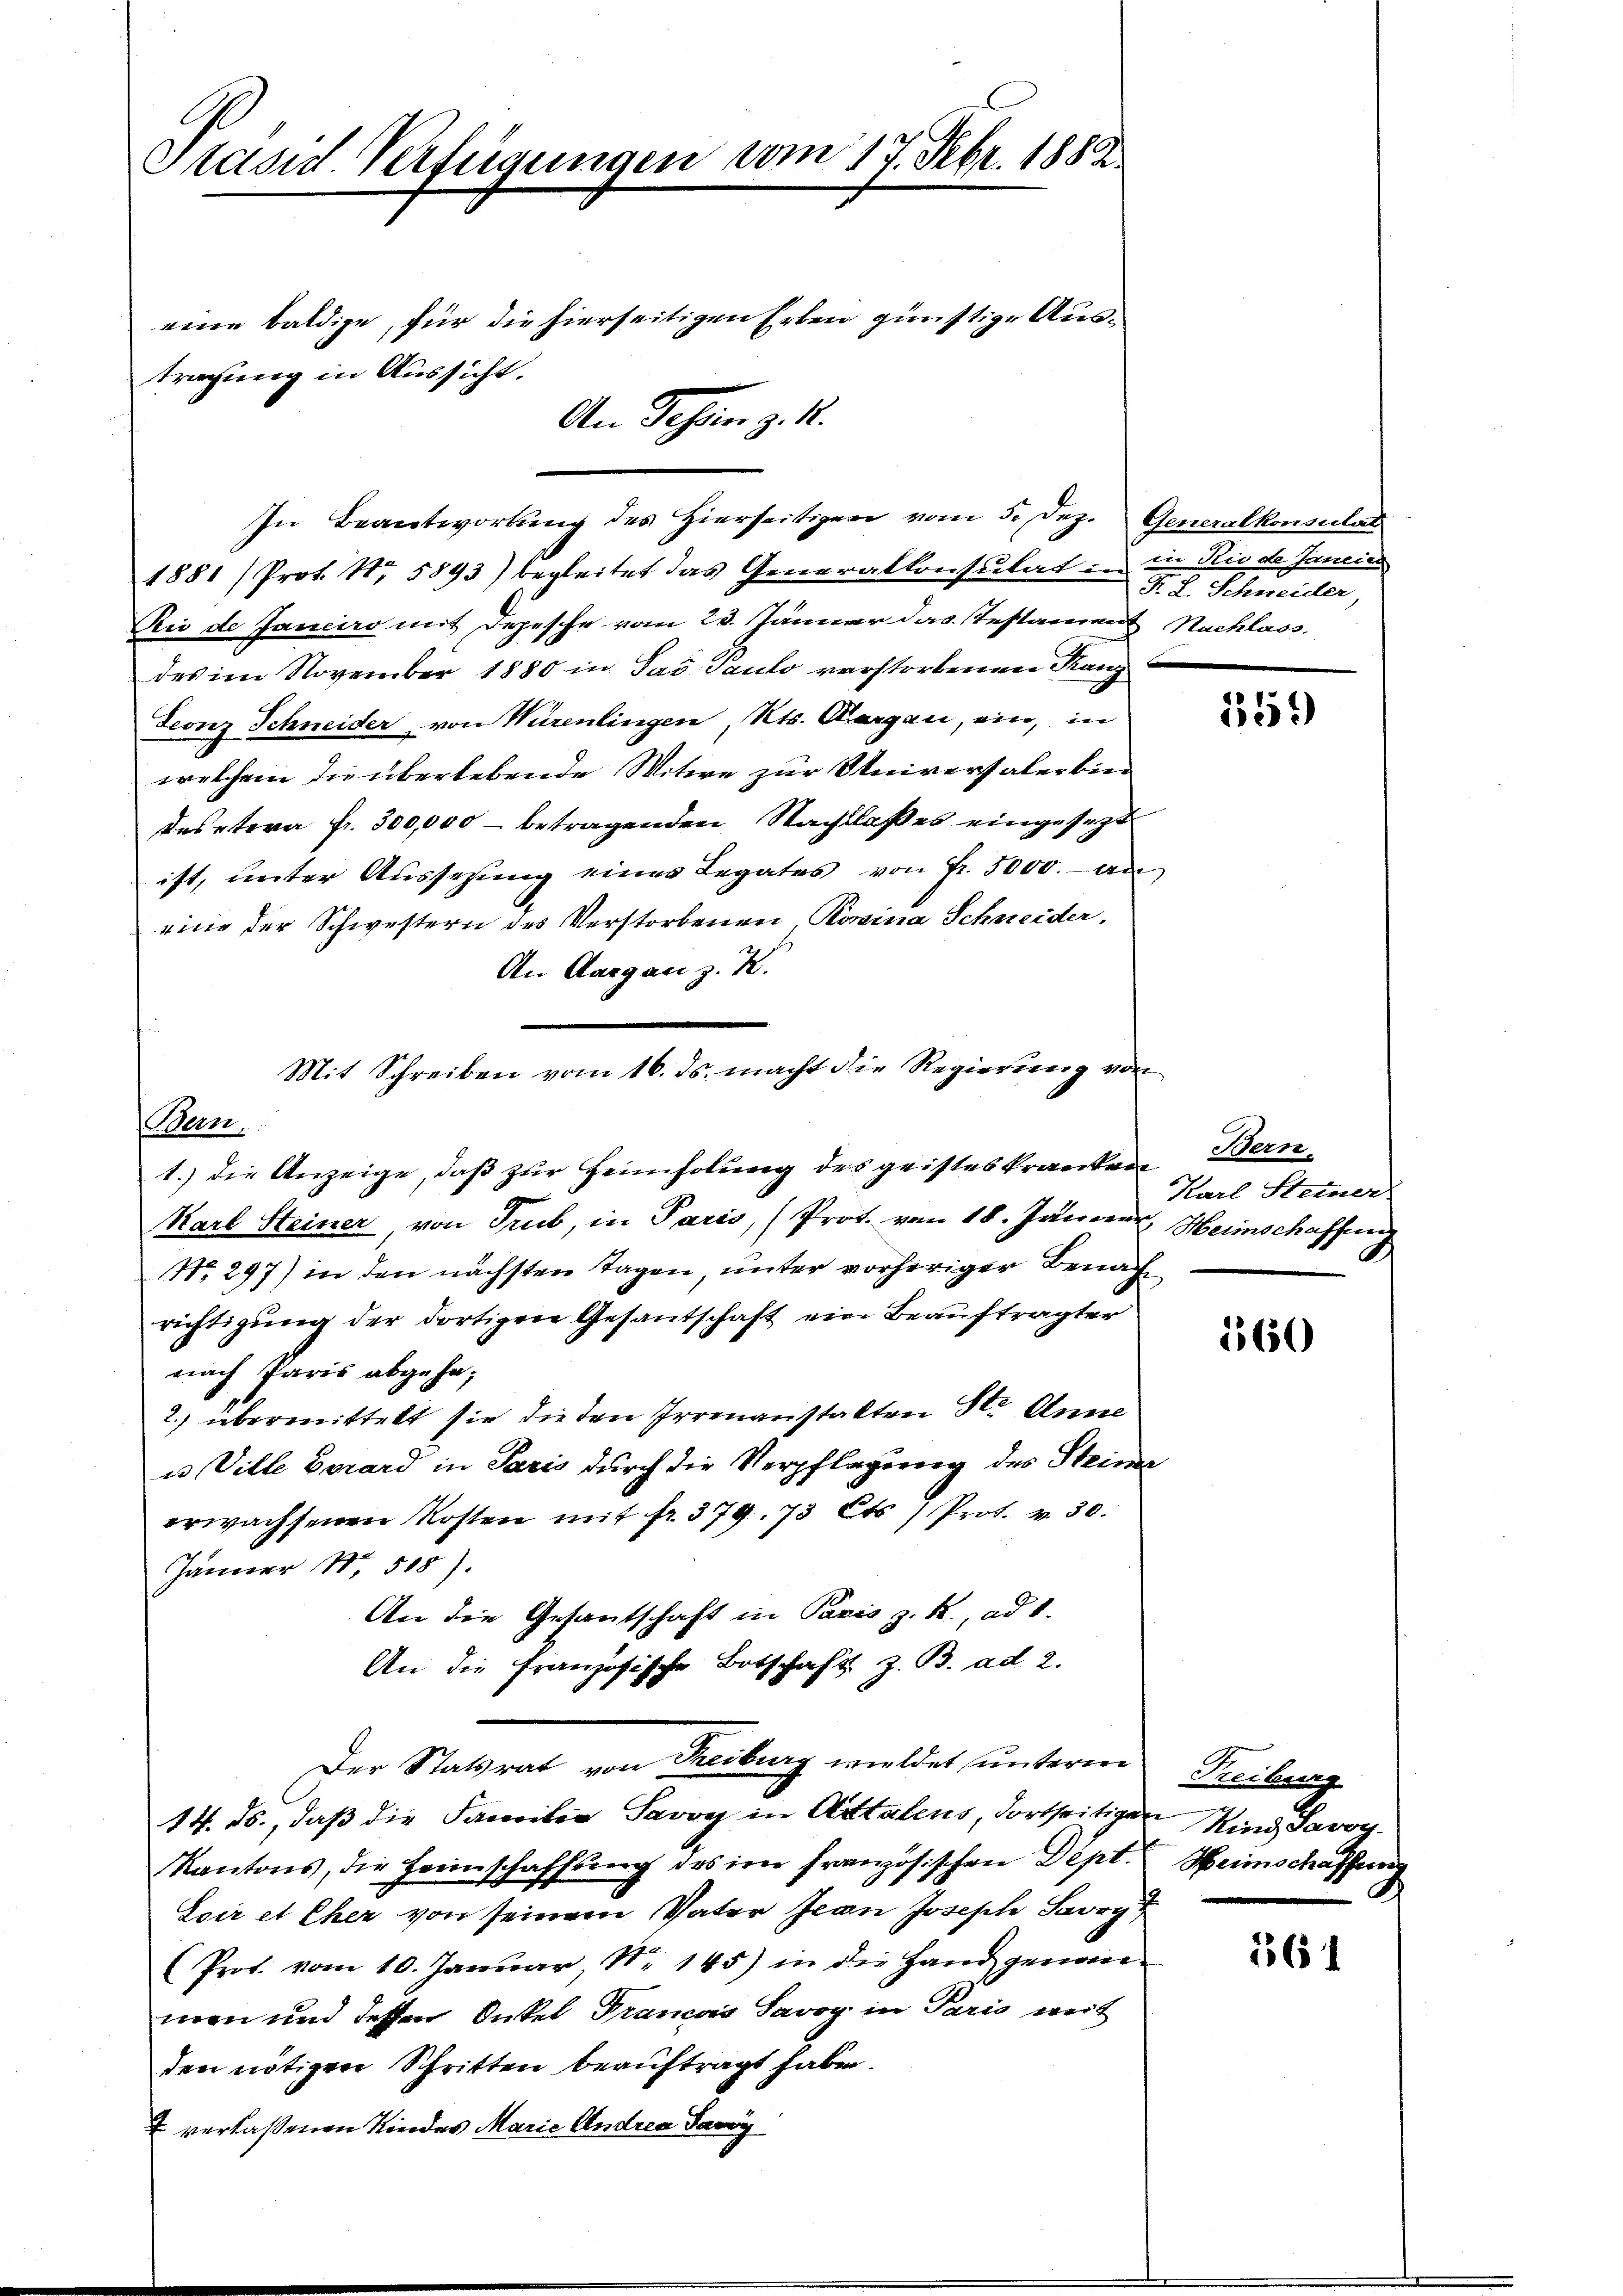
Präsid. Verfügungen vom 17. Febr. 1882.

1881/ Prot. N. 5893) begleitet das Generalkonsulat in in Rio de Janein
Rii de Janciro mit Depesche vom 23. Jänner das Testament Nachlass
des im November 1880 in Sav. Paulo verstorbenen Kanz
Leonz Schneider von Würenlingen, Kts. Aargau, ein, in
welchem die überlebende Witwe zur Universaler bei
destera fr. 300,000 - betragenden Nachlaßes eingesetzt
ist, unter Aussetzung eines Legates von Fr. 5000.- an
eine der Schwestern des Verstorbenen Rosina Schneider,
An Aargau z. K.
1.) die Anzeige, daß zur Heimholung des geisteskranken Bern
Karl Steiner von Trub, in Paris, (Prot. vom 18. Jänner, Heimschaffen
No. 297) in den nächsten Tagen unter vorheriger Benach
richtigung der dortigen Gesantschaft ein Beauftragter
nach Paris abgehe;
2.) übermittelt sie die den Irrenanstalten St. Anna
u Ville Gerard in Paris durch die Verpflegung des Stein
erwachsenen Kosten mit fr. 379. 73 Cts.) Prot. v. 30.
Jänner Nr. 508).
An die Gesantschaft in Paris z. R., ad 1.
An die Französische Botschaft z. B. ad 2.
Der Statrat von Freiburg wieldet unterm
14. ds., daß die Familia Savoy in Attalens dortseitigen Kind Savoy
Kantons, die Heimschaffŭng des in französischen Dept. Heimschaffung
Soir et Eher von seinem Vater Jean Joseph Sorg
(Prot. vom 10. Januar, Nr. 145) in die Hand genomme
men und dessen Onkel Francois Savoy in Paris weit
den nötigen Schritten beauftragt habe.
 verlaßenen Kindes Marie Andrea Savoy

tragung in Aussicht.

Bern,

eine baldige, für die hierseitigen Erben günstige Aus¬
An Johan z. 1.

In Beantwortŭng des Hierseitigen vom 5. Dez. Generalkonsulat

Mit Schreiben vom 16. ds. macht die Regierung von

F. L. Schneider,

7
n

359)

Karl Steiner
d

160

Treibung

1561